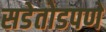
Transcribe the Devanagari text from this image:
सडेतोडपणे